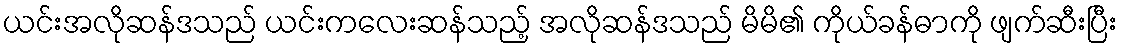
ယင်းအလိုဆန်ဒသည် ယင်းကလေးဆန်သည့် အလိုဆန်ဒသည် မိမိ၏ ကိုယ်ခန်ဓာကို ဖျက်ဆီးပြီး